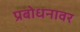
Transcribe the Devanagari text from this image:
प्रबोधनावर